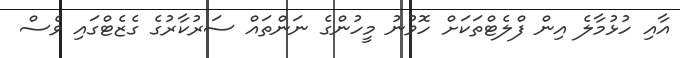
އާއި ހުޅުމާލެ އިން ފްލެޓްތަކަށް ހޮވުނު މީހުންގެ ނަންތައް ސަރުކާރުގެ ގެޒެޓްގައި ވެސް